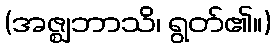
(အဇ္ဈဘာသိ၊ ရွတ်၏။)